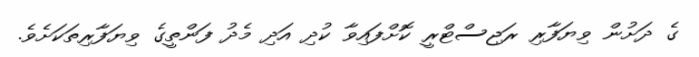
ގެ ދަށުން ވިޔަފާރި ރަޖިސްޓްރީ ކޮށްފައިވާ ކުދި އަދި މެދު ފަންތީގެ ވިޔަފާރިތަކަށެވެ.